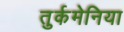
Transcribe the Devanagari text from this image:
तुर्कमेनिया